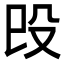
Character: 㱼